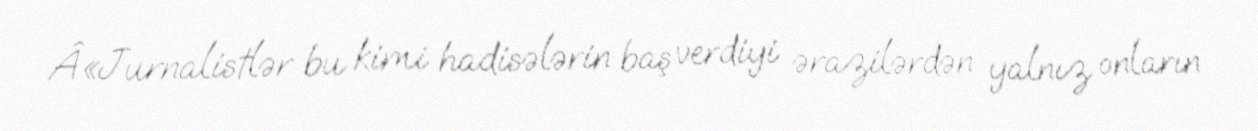
Â«Jurnalistlər bu kimi hadisələrin baş verdiyi ərazilərdən yalnız onların